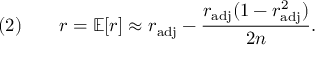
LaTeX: ( 2 ) \qquad r = \operatorname { \mathbb { E } } [ r ] \approx r _ { \mathrm { a d j } } - { \frac { r _ { \mathrm { a d j } } ( 1 - r _ { \mathrm { a d j } } ^ { 2 } ) } { 2 n } } .